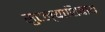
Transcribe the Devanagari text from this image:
सुटल्याशिवाय